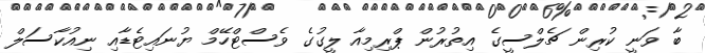
ބާ ވަނީ ކުރިން ޗެލްސީގެ އިތުރުން ޕްރިމިއާ ލީގުގެ ވެސްޓްހޭމް ޔުނައިޓެޑާއި ނިއުކާސަލް